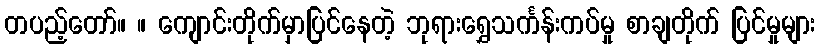
တပည့်တော်။ ။ ကျောင်းတိုက်မှာပြင်နေတဲ့ ဘုရားရွှေသင်္ကန်းကပ်မှု စာချတိုက် ပြင်မှုများ